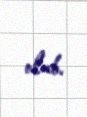
olub.